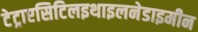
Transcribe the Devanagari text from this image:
टेट्राएसिटिलइथाइलनेडाइमीन